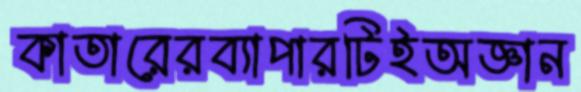
কাতারেরব্যাপারটিইঅজ্ঞান